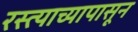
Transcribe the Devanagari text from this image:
रस्त्याच्यापासून